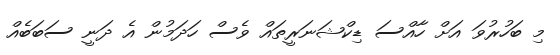
މި ބަހުރުވަ އަށް ހާއްސަ ޑިކްޝަނަރީތައް ވެސް ހަދަމުން އެ ދަނީ ސަބަބެއް